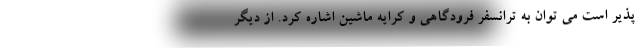
پذیر است می توان به ترانسفر فرودگاهی و کرایه ماشین اشاره کرد. از دیگر